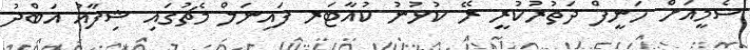
ސެމީއަށް ހަނީފް ދަތުރުކުރީ ރޭ ކުޅުނު ކުއާޓަރ ފައިނަލް މެޗުގައި ޝިފާއު އަބްދު